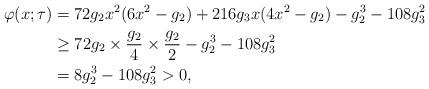
LaTeX: \begin{align*}\varphi(x;\tau) & =72g_{2}x^{2}(6x^{2}-g_{2})+216g_{3}x(4x^{2}-g_{2})-g_{2}^{3}-108g_{3}^{2}\\& \geq72g_{2}\times \frac{g_{2}}{4}\times \frac{g_{2}}{2}-g_{2}^{3}-108g_{3}^{2}\\& =8g_{2}^{3}-108g_{3}^{2}>0,\end{align*}